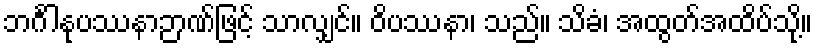
ဘင်္ဂါနုပဿနာဉာဏ်ဖြင့် သာလျှင်။ ဝိပဿနာ၊ သည်။ သိခံ၊ အထွတ်အထိပ်သို့။